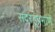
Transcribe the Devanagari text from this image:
सदरहूप्रमाणें